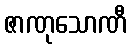
ဇာဏုသောဏီ